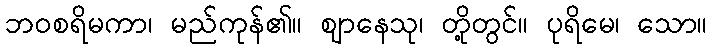
ဘဝစရိမကာ၊ မည်ကုန်၏။ ဈာနေသု၊ တို့တွင်။ ပုရိမေ၊ သော။